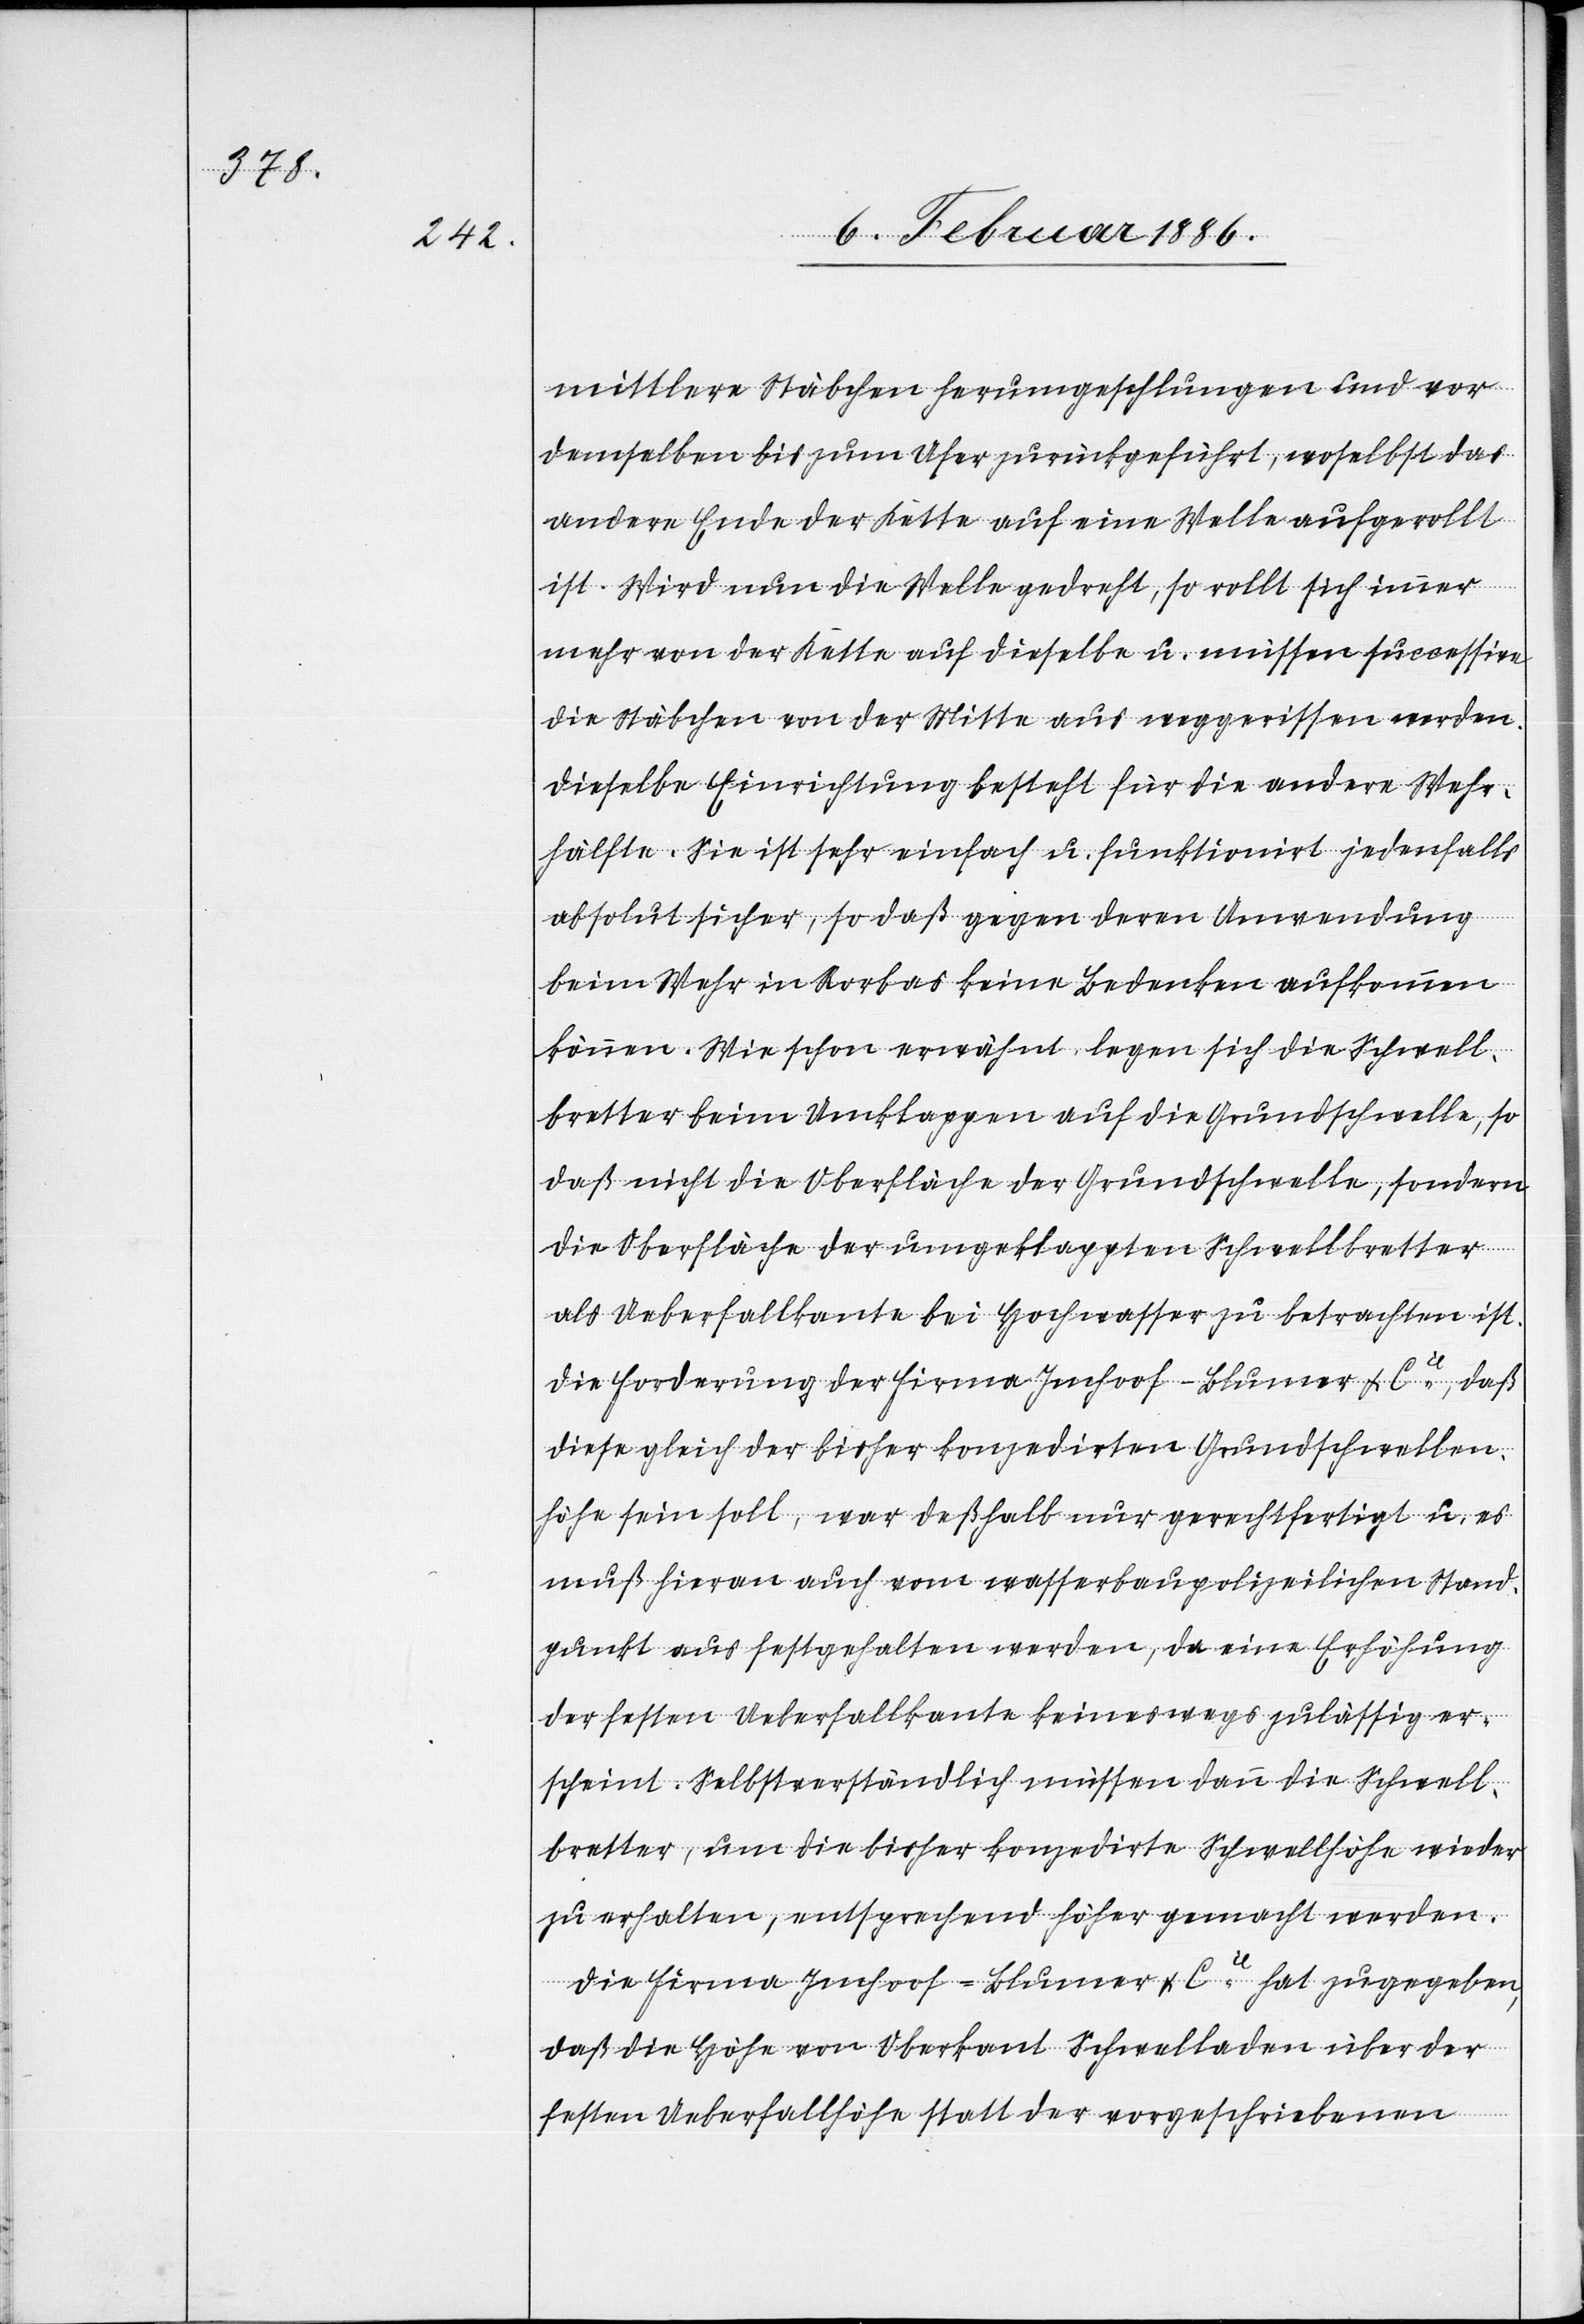
mittlere Stäbchen herumgeschlungen und von
demselben bis zum Ufer zurückgeführt, woselbst das
andere Ende der Kette auf eine Welle aufgerollt
ist. Wird nun die Welle gedreht, so rollt sich immer
mehr von der Kette auf dieselbe u. müssen successive
die Stäbchen von der Mitte aus weggerissen werden.
Dieselbe Einrichtung besteht für die andere Wehr¬
hälfte. Sie ist sehr einfach u. funktioniert jedenfalls
absolut sicher, so daß gegen deren Anwendung
beim Wehr in Rorbas keine Bedenken aufkommen
können. Wie schon erwähnt, legen sich die Schwell¬
bretter beim Umklappen auf die Grundschwelle, so
daß nicht die Oberfläche der Grundschwelle, sondern
die Oberfläche der umgeklappten Schwellbretter
als Ueberfallkante bei Hochwasser zu betrachten ist.
Die Forderung der Firma Imhoof-Blumer & Cie., daß
diese gleich der bisher konzedirten Grundschwellen¬
höhe sein soll, war deßhalb nur gerechtfertigt u. es
muß hiervon auch vom wasserbaupolizeilichen Stand¬
punkt aus festgehalten werden, da eine Erhöhung
der festen Ueberfallkante keineswegs zulässig er¬
scheint. Selbstverständlich müssen dann die Schwell¬
bretter, um die bisher konzedirte Schwellhöhe wieder
zu erhalten, entsprechend höher gemacht werden.
Die Firma Imhoof-Blumer & Cie. hat zugegeben,
daß die Höhe von Oberkant Schwelladen über der
festen Ueberfallhöhe statt der vorgeschriebenen